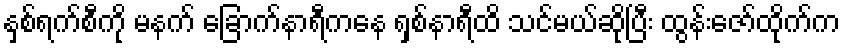
နှစ်ရက်စီကို မနက် ခြောက်နာရီကနေ ရှစ်နာရီထိ သင်မယ်ဆိုပြီး ထွန်းဇော်ထိုက်က